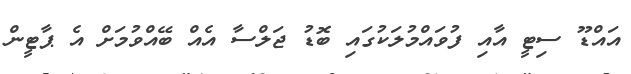
އައްޑޫ ސިޓީ އާއި ފުވައްމުލަކުގައި ބޮޑު ޖަލްސާ އެއް ބޭއްވުމަށް އެ ޕާޓީން